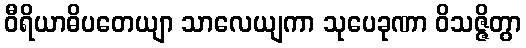
ဝီရိယာဓိပတေယျာ သာလေယျကာ သုပေခုဏာ ဝိသဇ္ဇိတွာ